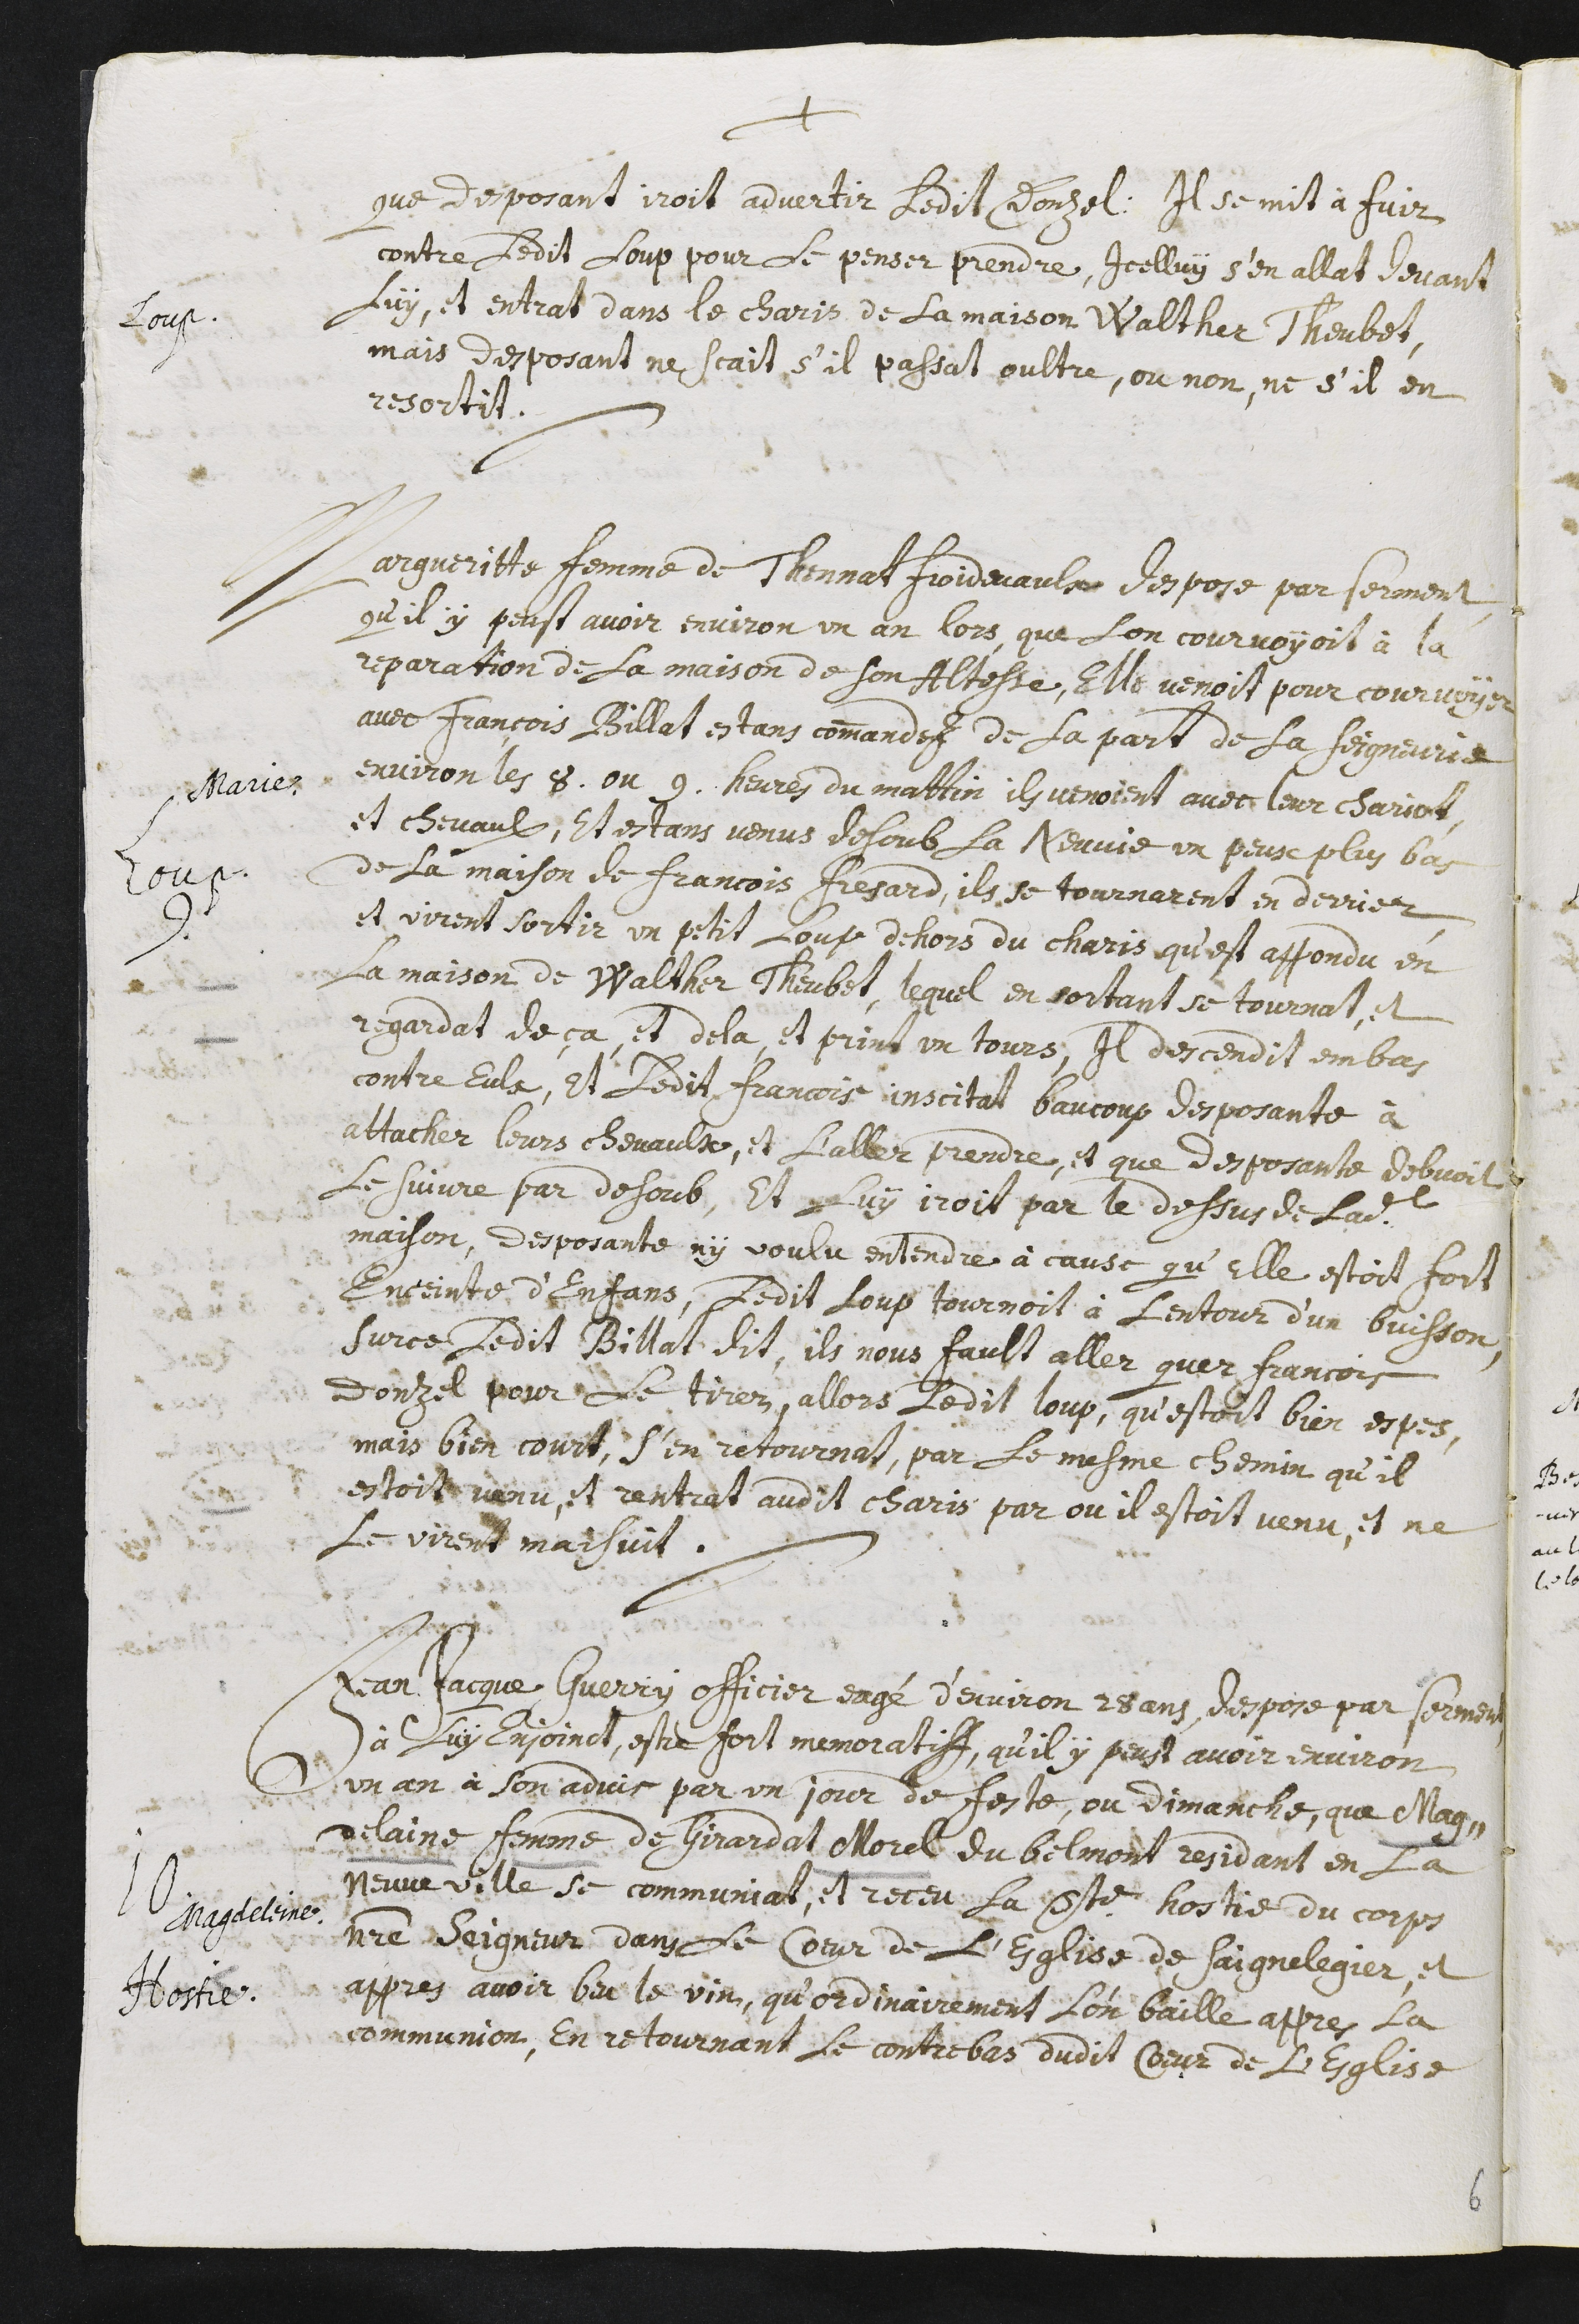
+
que desposant iroit advertir ledit Donzel. Il se mit à fuir
contre ledit loup pour le penser prendre, icelluy s’en allat devant
luy, et entrat dans le charis de la maison Walther Theubet,
mais desposant ne scait s’il passat oultre, ou non, ne s’il en
resortit.
Loup.
Marie
Loup.
9. Margueritte femme de Thennat Froidevaulx despose par serment
qu’il y peust avoir environ un an lors que l’on courvoyoit à la
reparation de la maison de son Altesse, elle venoit pour courvoyer
avec François Billat estans commandez de la part de la seigneurie
environ les 8 ou 9 heures du mattin. Ils venoient avec leur chariot,
et chevaulx, et estans venus desoub la Neuvie un peux plus bas
de la maison de Francois Fresard, ils se tournarent en derrier
et virent sortir un petit loup dehors du charis qu’est appondu en
la maison de Walther Theubet, lequel en sortant se tournat, et
regardat de ça, et dela, et print un tours, il descendit en bas
contre eulx, et ledit Francois inscitat beaucoup desposante à
attacher leurs chevaulx, et l’aller prendre, et que desposante debvoit
le suivre par desoub, et luy iroit par le dessus de ladite
maison, desposante n’y voulu entendre à cause qu’elle estoit fort
enceinte d’enfans. Ledit loup tournoit à l’entour d’un buisson,
sur ce ledit Billat dit, ils nous fault aller quer Francois
Donzel pour le tirer, allors ledit loup, qu’estoit bien espes,
mais bien court, s’en retournat, par le mesme chemin qu’il
estoit venu, et rentrat audit charis par ou il estoit venu, et ne
le virent maisuit.
Magdeleine.
Hostie.
10. Jean Jacque Guerry officier eagé d’environ 28 ans, despose par serment
à luy enjoinct, estre fort memoratiff, qu’il y peust avoir environ
un an à son advis par un jour de feste, ou dimanche, que Mag-
delaine femme de Girardat Morel du Belmont residant en la
Neuveville sa communial, et receu la Ste hostie du corps
notre seigneur dans le cœur de l’esglise de Saignelegier, et
appres avoir beu le vin, qu’ordinairement l’on baille appres la
communion, en retournant le contrebas dudit cœur de l’esglise